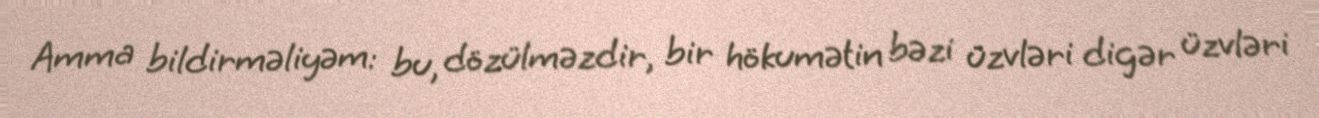
Amma bildirməliyəm: bu, dözülməzdir, bir hökumətin bəzi üzvləri digər üzvləri